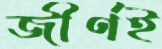
জীর্ণই